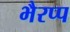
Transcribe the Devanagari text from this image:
भैरप्प